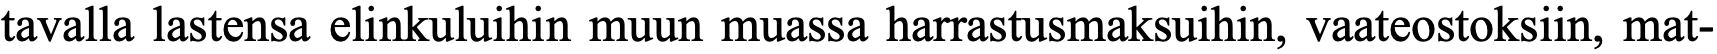
tavalla lastensa elinkuluihin muun muassa harrastusmaksuihin, vaateostoksiin, mat-